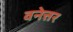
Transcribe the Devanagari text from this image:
वनेत्तर